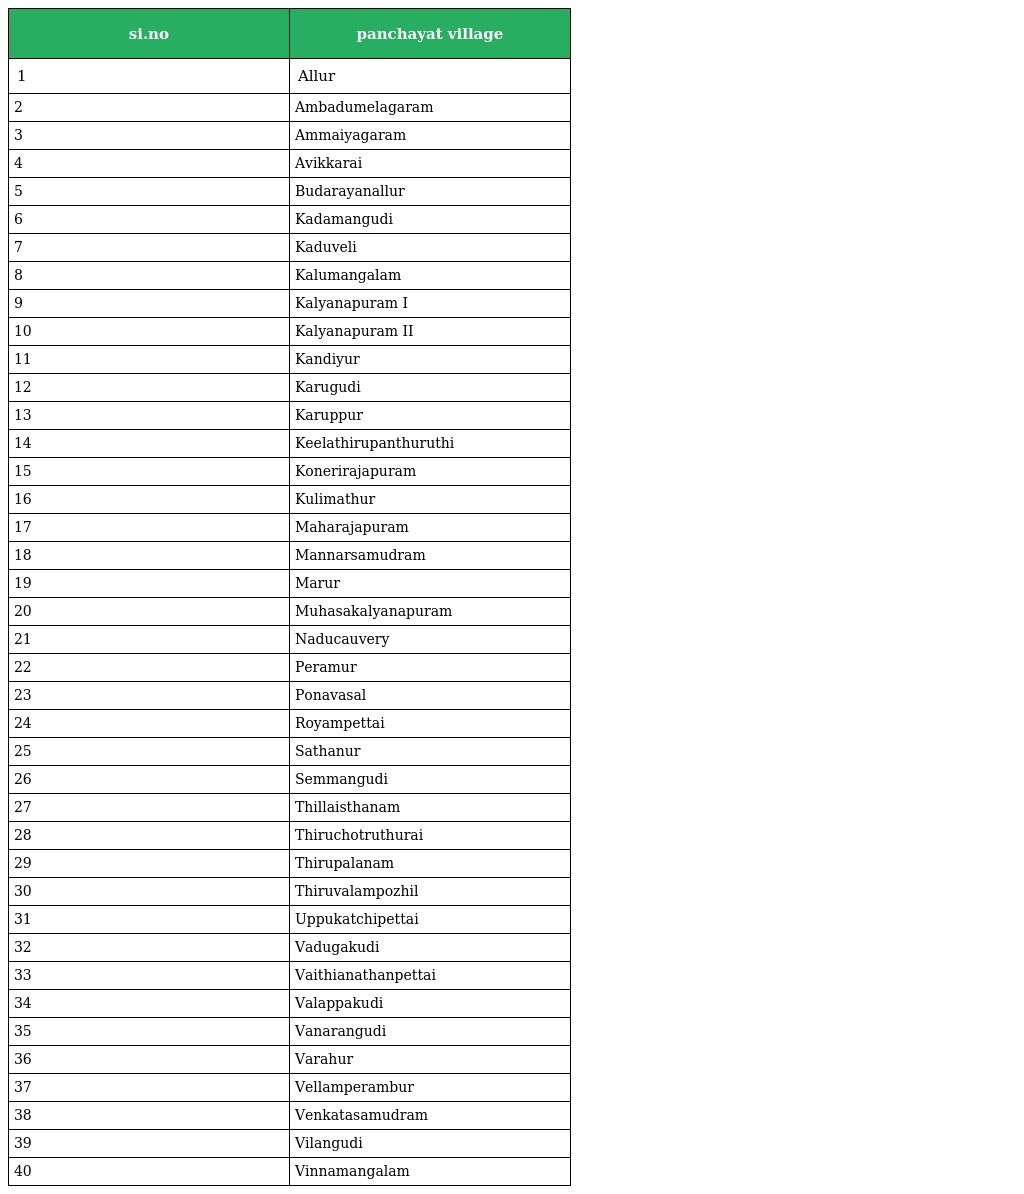
| si.no | panchayat village |
 | --- | --- |
 | 1 | Allur |
 | 2 | Ambadumelagaram |
 | 3 | Ammaiyagaram |
 | 4 | Avikkarai |
 | 5 | Budarayanallur |
 | 6 | Kadamangudi |
 | 7 | Kaduveli |
 | 8 | Kalumangalam |
 | 9 | Kalyanapuram I |
 | 10 | Kalyanapuram II |
 | 11 | Kandiyur |
 | 12 | Karugudi |
 | 13 | Karuppur |
 | 14 | Keelathirupanthuruthi |
 | 15 | Konerirajapuram |
 | 16 | Kulimathur |
 | 17 | Maharajapuram |
 | 18 | Mannarsamudram |
 | 19 | Marur |
 | 20 | Muhasakalyanapuram |
 | 21 | Naducauvery |
 | 22 | Peramur |
 | 23 | Ponavasal |
 | 24 | Royampettai |
 | 25 | Sathanur |
 | 26 | Semmangudi |
 | 27 | Thillaisthanam |
 | 28 | Thiruchotruthurai |
 | 29 | Thirupalanam |
 | 30 | Thiruvalampozhil |
 | 31 | Uppukatchipettai |
 | 32 | Vadugakudi |
 | 33 | Vaithianathanpettai |
 | 34 | Valappakudi |
 | 35 | Vanarangudi |
 | 36 | Varahur |
 | 37 | Vellamperambur |
 | 38 | Venkatasamudram |
 | 39 | Vilangudi |
 | 40 | Vinnamangalam |